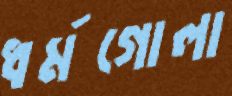
ধর্মগোলা